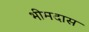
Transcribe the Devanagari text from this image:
भीमदास